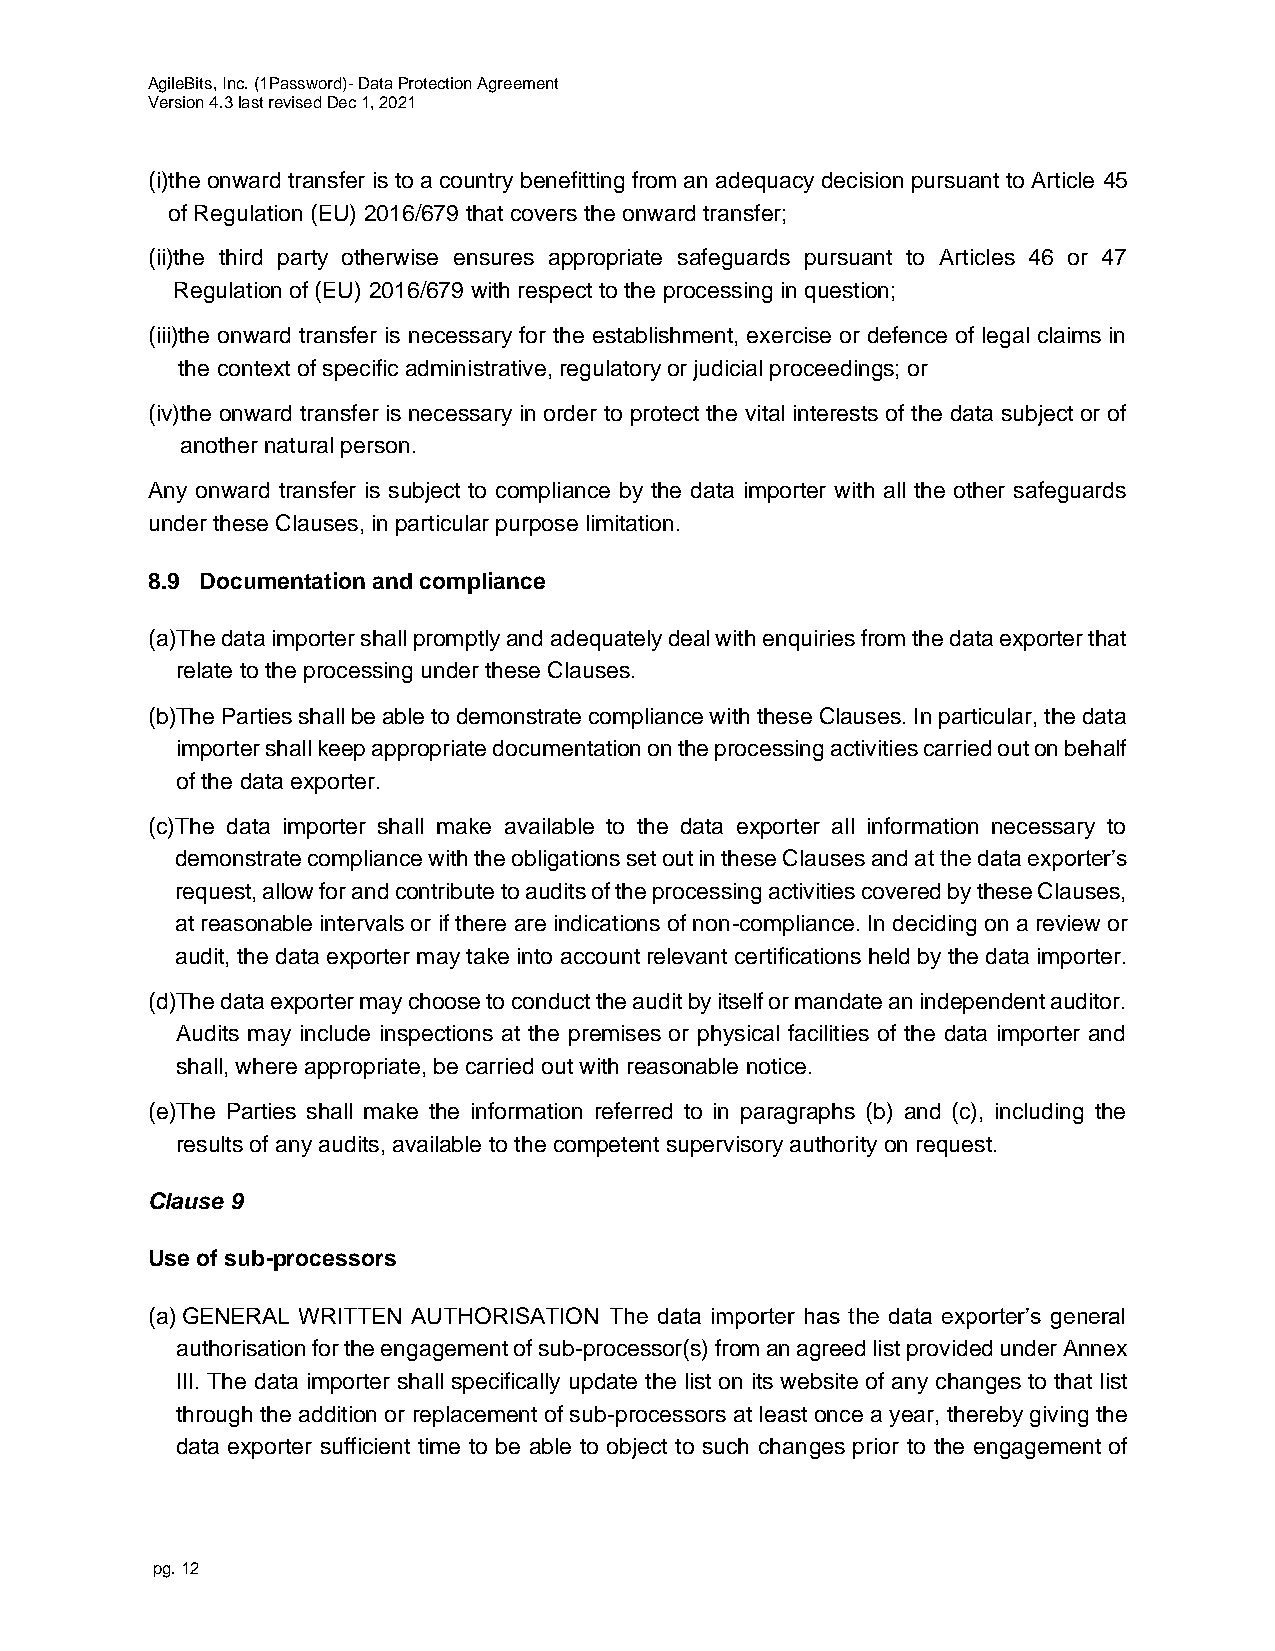
AgileBits, Inc. (1Password)- Data Protection Agreement
 Version 4.3 last revised Dec 1, 2021
 (i) the onward transfer is to a country benefitting from an adequacy decision pursuant to Article 45
 of Regulation (EU) 2016/679 that covers the onward transfer;
 (ii) the third party otherwise ensures appropriate safeguards pursuant to Articles 46 or 47
 Regulation of (EU) 2016/679 with respect to the processing in question;
 (iii)t he onward transfer is necessary for the establishment, exercise or defence of legal claims in
 the context of specific administrative, regulatory or judicial proceedings; or
 (iv) the onward transfer is necessary in order to protect the vital interests of the data subject or of
 another natural person.
 Any onward transfer is subject to compliance by the data importer with all the other safeguards
 under these Clauses, in particular purpose limitation.
 8.9 Documentation and compliance
 (a)T he data importer shall promptly and adequately deal with enquiries from the data exporter that
 relate to the processing under these Clauses.
 (b)T he Parties shall be able to demonstrate compliance with these Clauses. In particular, the data
 importer shall keep appropriate documentation on the processing activities carried out on behalf
 of the data exporter.
 (c) The data importer shall make available to the data exporter all information necessary to
 demonstrate compliance with the obligations set out in these Clauses and at the data exporter’s
 request, allow for and contribute to audits of the processing activities covered by these Clauses,
 at reasonable intervals or if there are indications of non-compliance. In deciding on a review or
 audit, the data exporter may take into account relevant certifications held by the data importer.
 (d)T he data exporter may choose to conduct the audit by itself or mandate an independent auditor.
 Audits may include inspections at the premises or physical facilities of the data importer and
 shall, where appropriate, be carried out with reasonable notice.
 (e)T he Parties shall make the information referred to in paragraphs (b) and (c), including the
 results of any audits, available to the competent supervisory authority on request.
 Clause 9
 Use of sub-processors
 (a) GENERAL WRITTEN AUTHORISATION The data importer has the data exporter’s general
 authorisation for the engagement of sub-processor(s) from an agreed list provided under Annex
 III. The data importer shall specifically update the list on its website of any changes to that list
 through the addition or replacement of sub-processors at least once a year, thereby giving the
 data exporter sufficient time to be able to object to such changes prior to the engagement of
 pg. 12